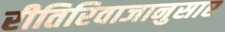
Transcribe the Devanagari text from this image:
रीतिरिवाजानुसार